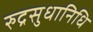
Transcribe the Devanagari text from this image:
रुद्रसुधानिधि